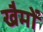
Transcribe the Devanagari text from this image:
खैमों